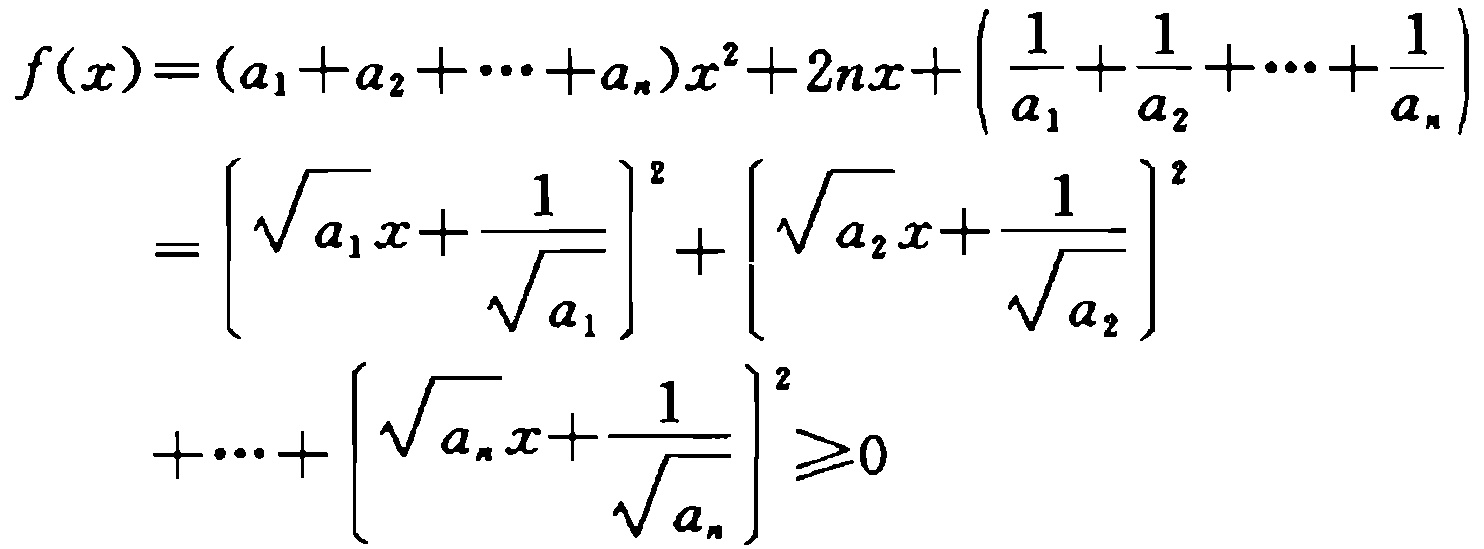
\[

\begin{align*}

f(x)&=(a_{1}+a_{2}+\cdots +a_{n})x^{2}+2nx+\left(\frac{1}{a_{1}}+\frac{1}{a_{2}}+\cdots+\frac{1}{a_{n}}\right)\\

&=\left(\sqrt{a_{1}}x + \frac{1}{\sqrt{a_{1}}}\right)^{2}+\left(\sqrt{a_{2}}x+\frac{1}{\sqrt{a_{2}}}\right)^{2}\\

&+\cdots+\left(\sqrt{a_{n}}x+\frac{1}{\sqrt{a_{n}}}\right)^{2}\geq0

\end{align*}

\]